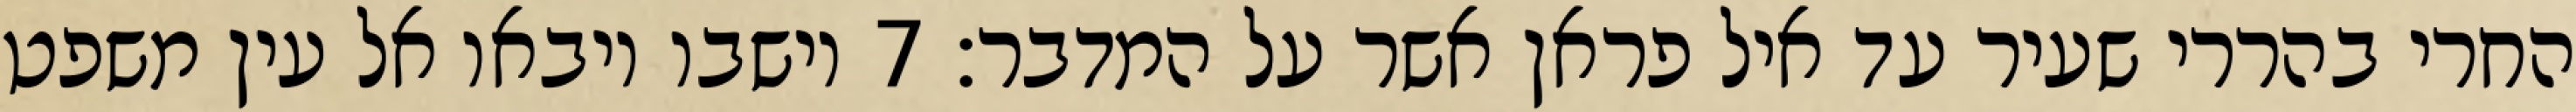
החרי בהררי שעיר עד איל פראן אשר על המדבר׃ ‎7‏ וישבו ויבאו אל עין משפט